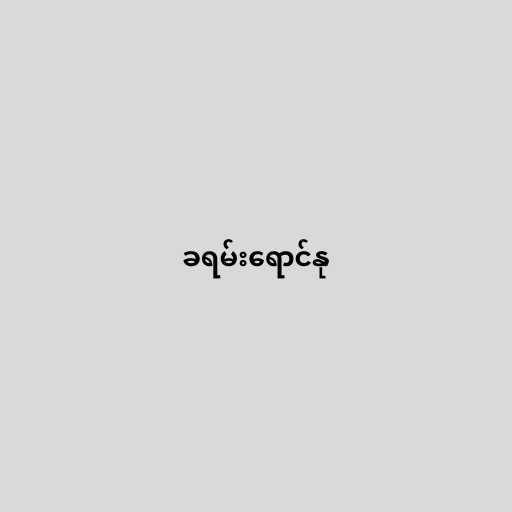
ခရမ်းရောင်နု